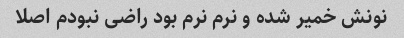
نونش خمیر شده و نرم نرم بود راضی نبودم اصلا